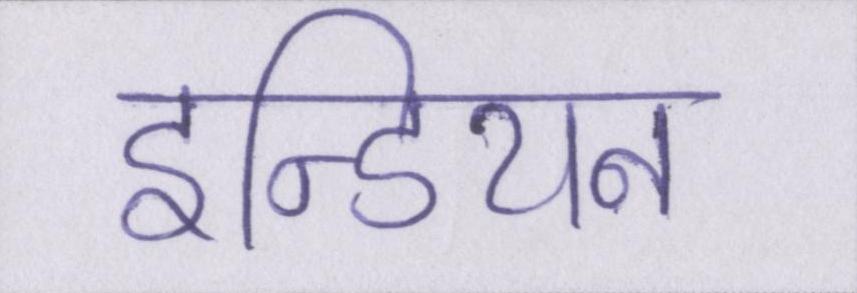
इन्डियन